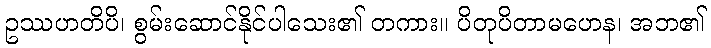
ဥဿဟတိပိ၊ စွမ်းဆောင်နိုင်ပါသေး၏ တကား။ ပိတုပိတာမဟေန၊ အဘ၏